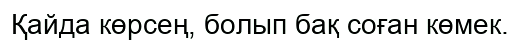
Қайда көрсең, болып бақ соған көмек.